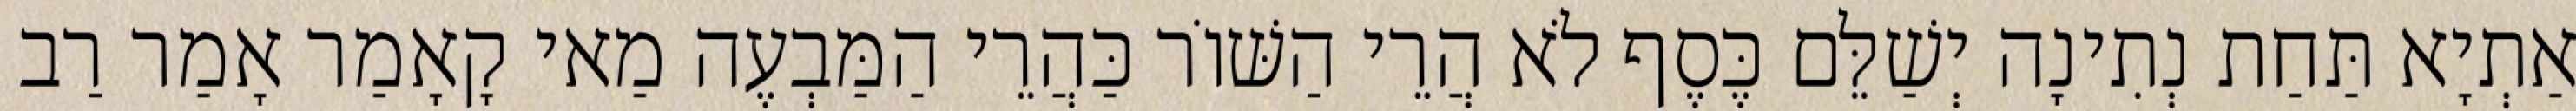
אַתְיָא תַּחַת נְתִינָה יְשַׁלֵּם כֶּסֶף לֹא הֲרֵי הַשּׁוֹר כַּהֲרֵי הַמַּבְעֶה מַאי קָאָמַר אָמַר רַב